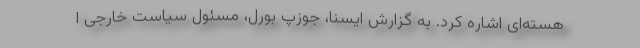
هسته‌ای اشاره کرد. به گزارش ایسنا، جوزپ بورل، مسئول سیاست خارجی ا